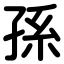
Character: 孫